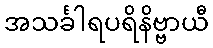
အသင်္ခါရပရိနိဗ္ဗာယီ